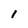
Character: 1